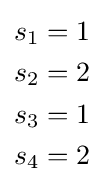
{\begin{aligned}s_{1}&=1\\s_{2}&=2\\s_{3}&=1\\s_{4}&=2\end{aligned}}